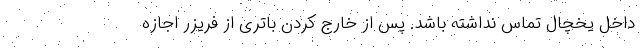
داخل یخچال تماس نداشته باشد. پس از خارج کردن باتری از فریزر اجازه